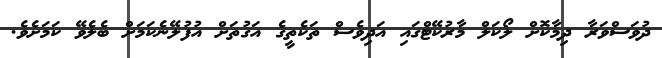
ދުވަސްވަރާ ދިމާކޮށް ލޯކަލް މާރުކޭޓްގައި އަދިވެސް ތަކެތީގެ އަގުތަށް އުފުލޭނެކަމަށް ބެލެވޭ ކަމަށެވެ.